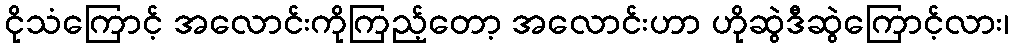
ငိုသံကြောင့် အလောင်းကိုကြည့်တော့ အလောင်းဟာ ဟိုဆွဲဒီဆွဲကြောင့်လား၊